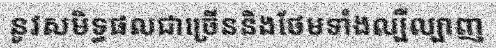
នូវសមិទ្ធផលជាច្រើននិងថែមទាំងល្បីល្បាញ